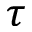
\tau